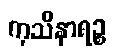
ကုသိနာရဉ္စ